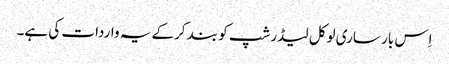
اِس بار ساری لوکل لیڈرشپ کو بند کرکے یہ واردات کی ہے۔